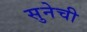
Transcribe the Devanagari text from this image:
सुनेची